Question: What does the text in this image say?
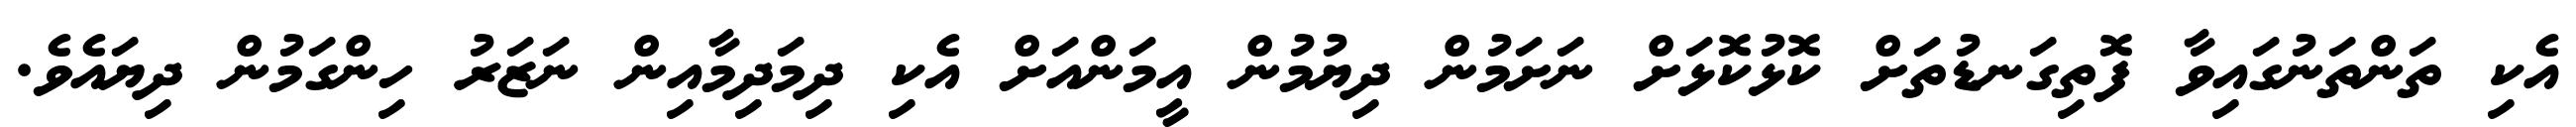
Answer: އެކި ތަންތަނުގައިވާ ފޮތިގަނޑުތަށް ކޮޅުކޮޅަށް ނަށަމުން ދިޔުމުން އީމަންއަށް އެކި ދިމަދިމާއިން ނަޒަރު ހިންގަމުން ދިޔައެވެ.